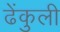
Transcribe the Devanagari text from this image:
ढेंकुली